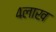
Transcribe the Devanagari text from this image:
४लाख